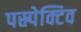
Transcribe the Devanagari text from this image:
पस्र्पेक्टिव